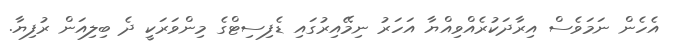
އެހެން ނަމަވެސް އިރާދަކުރެއްވިއްޔާ އަހަރު ނިމޭއިރުގައި ޑެފިސިޓްގެ މިންވަރަކީ ދެ ބިލިއަން ރުފިޔާ.